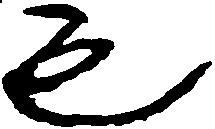
も